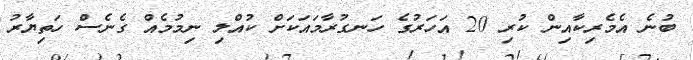
ބުނެ އެމެރިކާއިން ކުރި 20 އަހަރުގެ ހަނގުރާމައަކަށް ކުއްލި ނިމުމެއް ގެނެސް ހަތިޔާރު